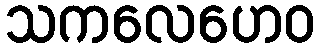
သကလေဟေဝ